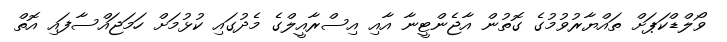
ވޯލްޑްކަޕަށް ތައްޔާރުވުމުގެ ގޮތުން އާޖެންޓީނާ އާއި އިސްރާއީލްގެ މެދުގައި ކުޅުމަށް ހަމަޖައްސާފައި އޮތް